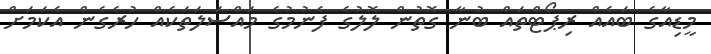
މީޑިއާގެ ބައެއް ރިޕޯޓްތައް ބުނާ ގޮތުން ލޮލުގެ ފެނުމުގެ މައްސަލަތަކެއް ހުރެގެން އެކަމަށް